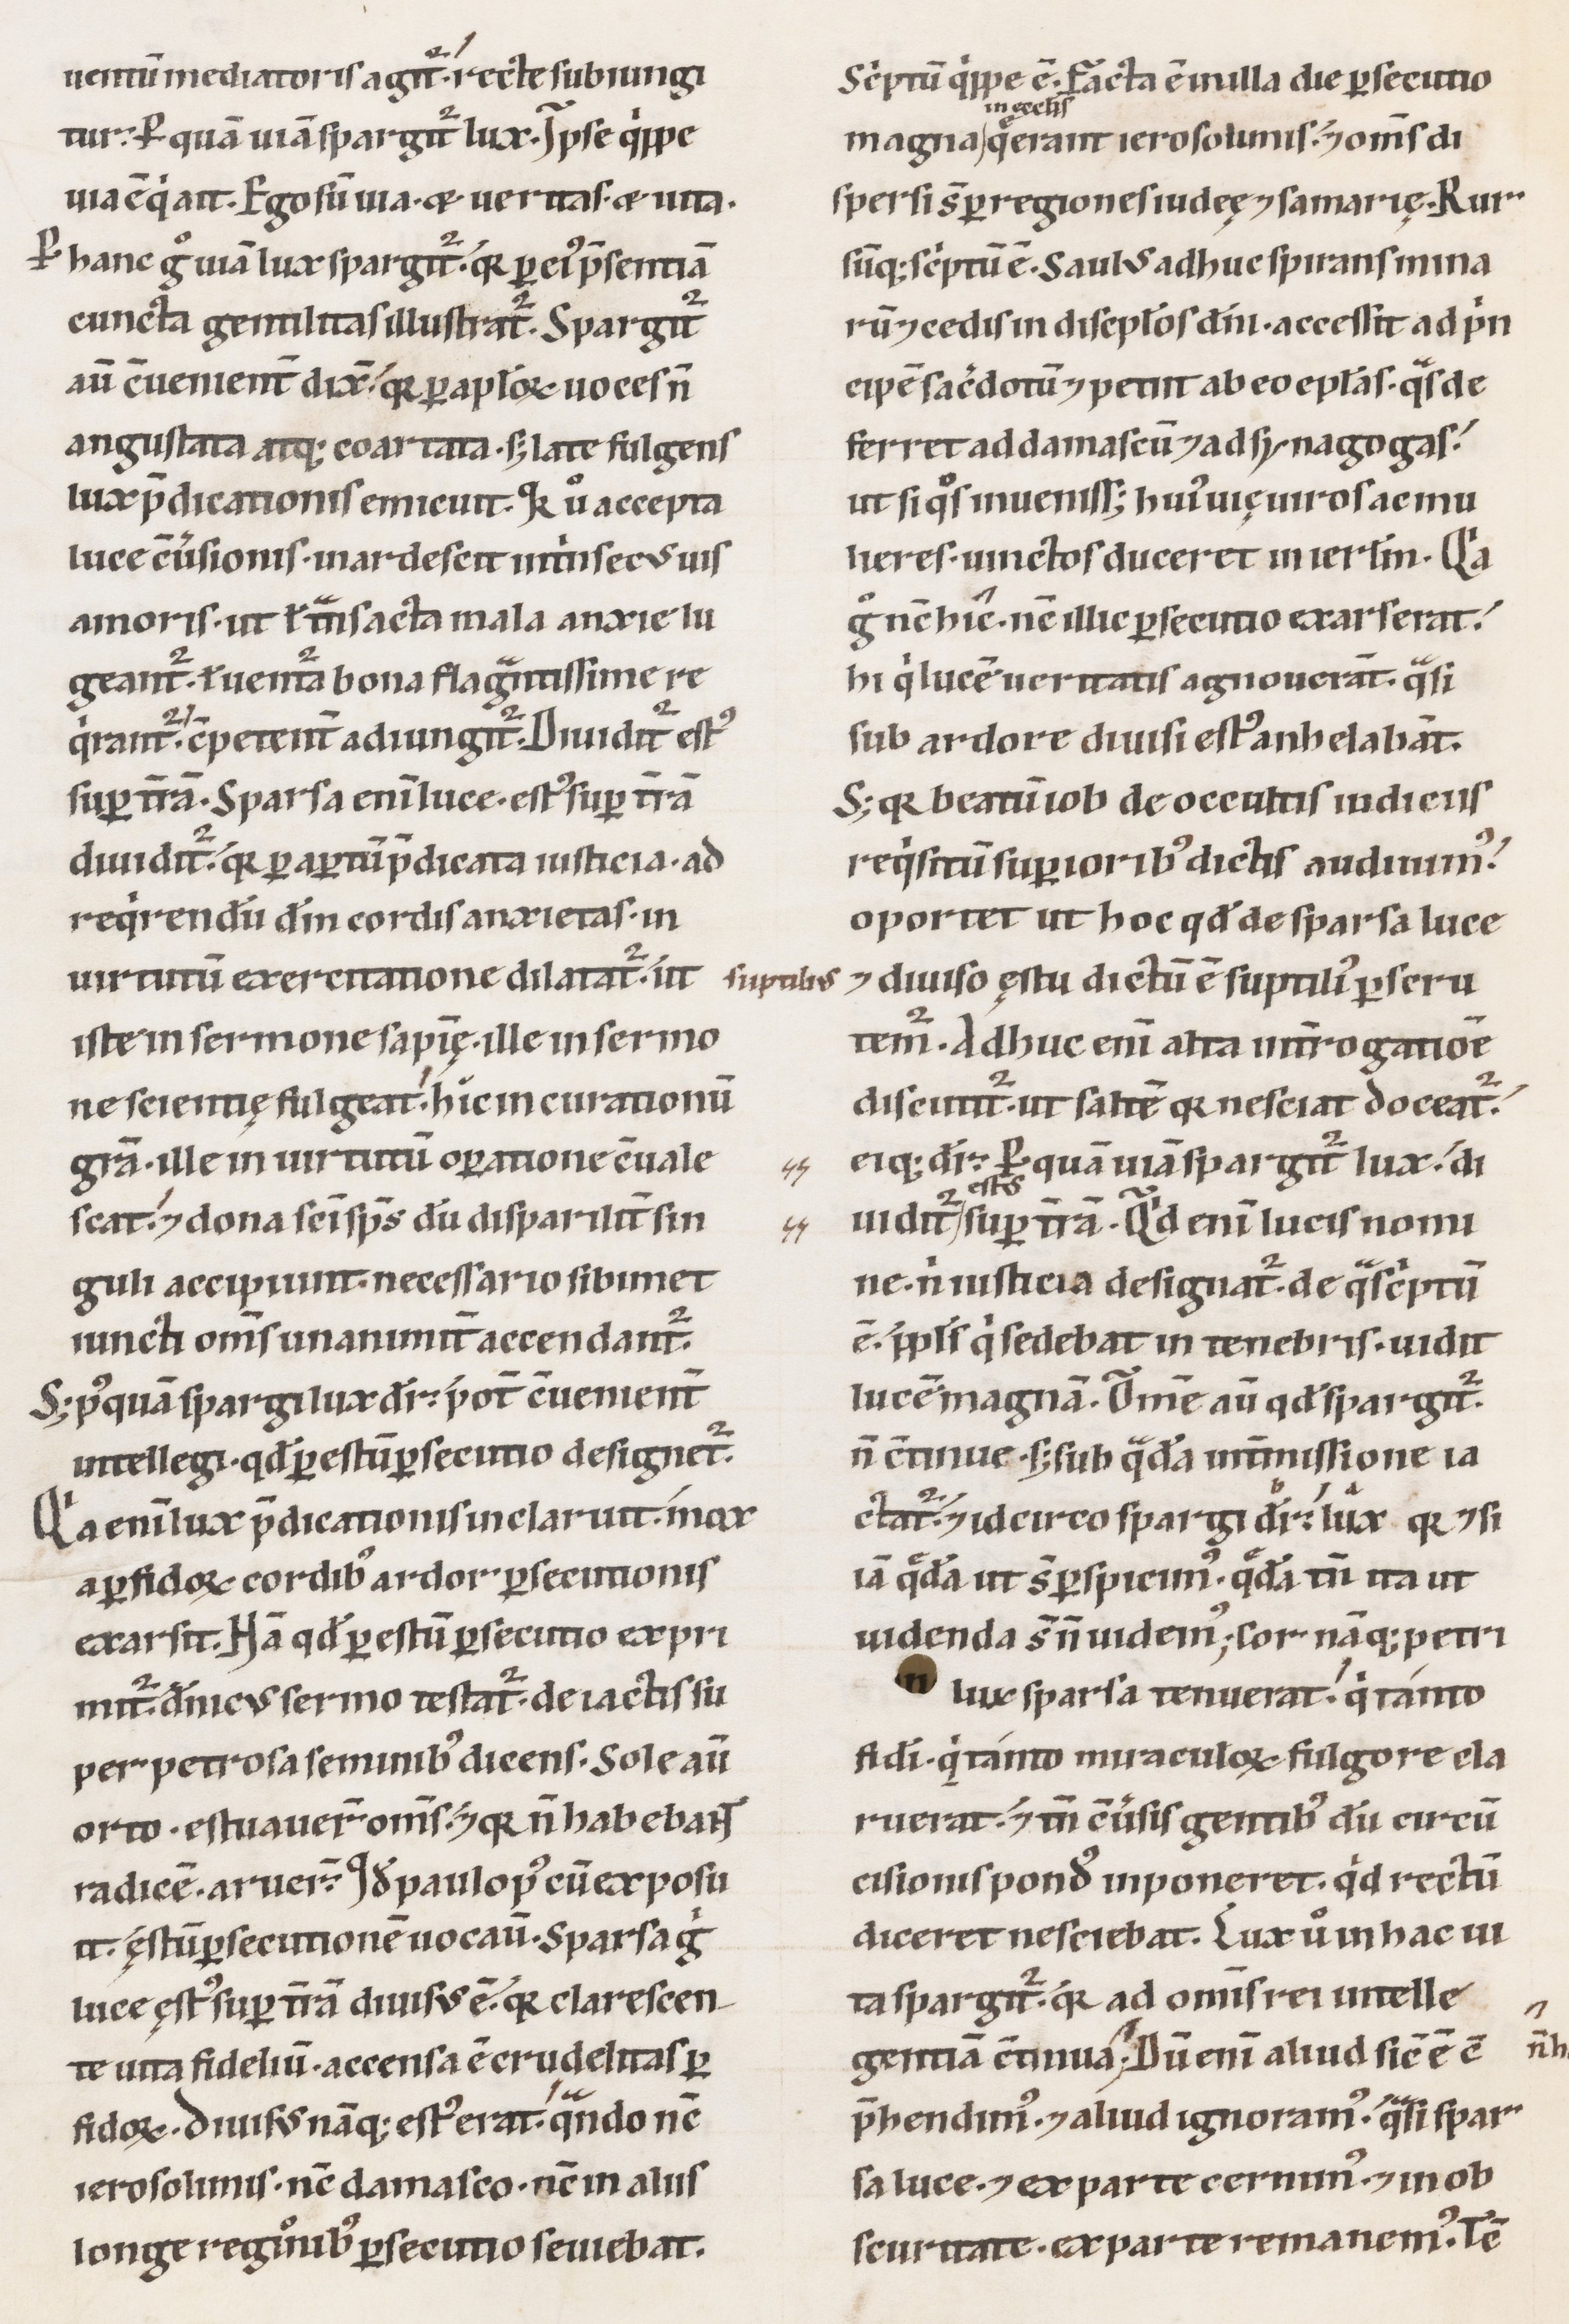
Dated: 1100–1199